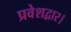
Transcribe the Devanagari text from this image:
प्रवेशद्वार।